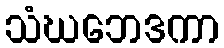
သံဃဘေဒကာ